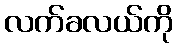
လက်ခလယ်ကို